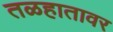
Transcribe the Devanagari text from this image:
तळहातावर